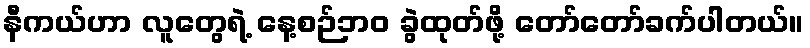
နီကယ်ဟာ လူတွေရဲ့ နေ့စဉ်ဘဝ ခွဲထုတ်ဖို့ တော်တော်ခက်ပါတယ်။